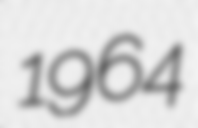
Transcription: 1964